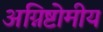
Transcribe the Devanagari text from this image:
अग्निष्टोमीय